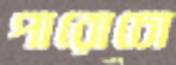
পারোচো